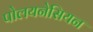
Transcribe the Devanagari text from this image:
पोलयनेसियन